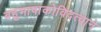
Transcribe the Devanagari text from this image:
बहुभाषाकोविदत्वाने